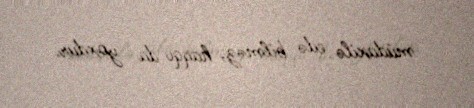
müdaxilə edə bilməz, haqqı da yoxdur.